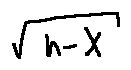
\sqrt { h - X }